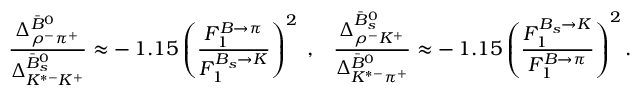
\frac { \Delta _ { \rho ^ { - } \pi ^ { + } } ^ { \bar { B } ^ { 0 } } } { \Delta _ { K ^ { * - } K ^ { + } } ^ { \bar { B } _ { s } ^ { 0 } } } \approx - \, 1 . 1 5 \left( \frac { F _ { 1 } ^ { B \to \pi } } { F _ { 1 } ^ { B _ { s } \to K } } \right) ^ { 2 } \; , \; \; \; \frac { \Delta _ { \rho ^ { - } K ^ { + } } ^ { \bar { B } _ { s } ^ { 0 } } } { \Delta _ { K ^ { * - } \pi ^ { + } } ^ { \bar { B } ^ { 0 } } } \approx - \, 1 . 1 5 \left( \frac { F _ { 1 } ^ { B _ { s } \to K } } { F _ { 1 } ^ { B \to \pi } } \right) ^ { 2 } .